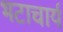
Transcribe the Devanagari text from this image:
भटाचार्य